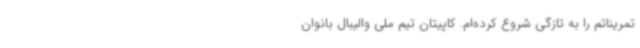
تمریناتم را به تازگی شروع کرده‌ام. کاپیتان تیم ملی والیبال بانوان